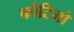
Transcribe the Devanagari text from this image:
फोटिनो